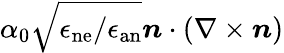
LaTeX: \alpha_{0}\sqrt{{{\epsilon_{\mathrm{ne}}}/{\epsilon_{\mathrm{an}}}}}\boldsymbol{n}\cdot\left(\nabla\times\boldsymbol{n}\right)